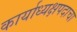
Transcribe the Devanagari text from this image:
कार्याध्यक्षपदाचा